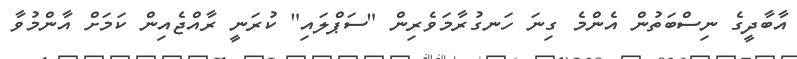
އާބާދީގެ ނިސްބަތުން އެންމެ ގިނަ ހަނގުރާމަވެރިން "ސަޕްލައި" ކުރަނީ ރާއްޖެއިން ކަމަށް އާންމުވާ